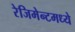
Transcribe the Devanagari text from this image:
रेजिमेन्टमध्ये